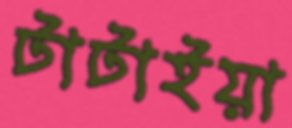
টাটাইয়া